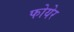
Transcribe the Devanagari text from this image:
फोयेर